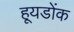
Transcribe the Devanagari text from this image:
हूयडोंक